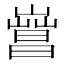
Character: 𣋎